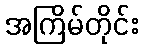
အကြိမ်တိုင်း